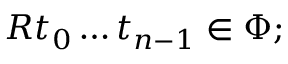
\; R t _ { 0 } \ldots t _ { n - 1 } \in \Phi ;